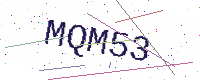
Text: MQM53